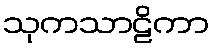
သုကသာဠိကာ